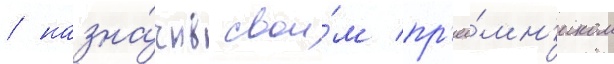
/ назна́чив свои́м пр'ее́мн'иком